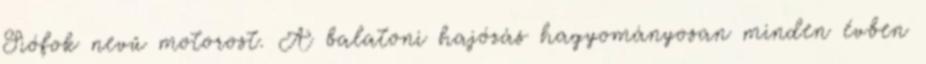
Siófok nevű motorost. A balatoni hajózás hagyományosan minden évben